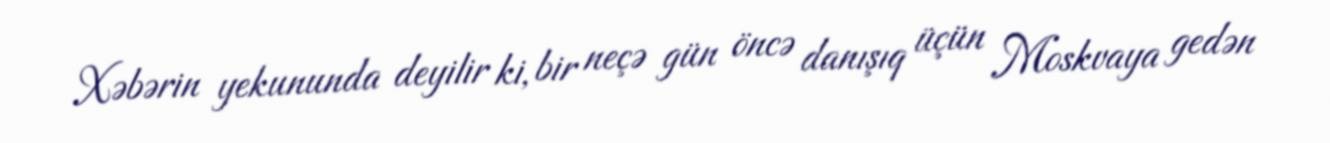
Xəbərin yekununda deyilir ki, bir neçə gün öncə danışıq üçün Moskvaya gedən